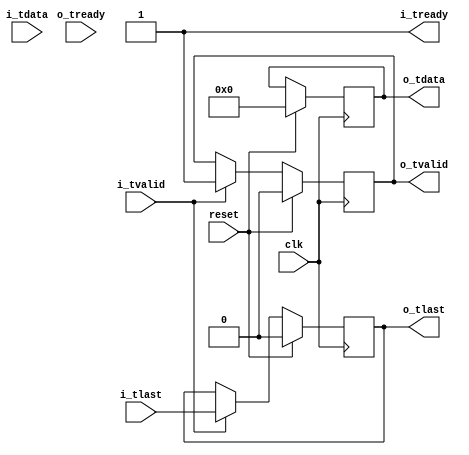
//
// Copyright 2015 Ettus Research
//
// Output always valid (except in reset) and repeats last valid i_tdata & i_tlast value

module axi_repeat
#(
  parameter WIDTH = 16) 
(
  input clk, input reset,
  input [WIDTH-1:0] i_tdata, input i_tlast, input i_tvalid, output i_tready,
  output reg [WIDTH-1:0] o_tdata, output reg o_tlast, output reg o_tvalid, input o_tready
);

  assign i_tready = 1'b1;

  always @(posedge clk) begin
    if (reset) begin
      o_tdata  <= 'd0;
      o_tlast  <= 'd0;
      o_tvalid <= 'd0;
    end else begin
      if (i_tvalid) begin
        o_tvalid <= 1'b1;
        o_tlast  <= i_tlast;
        o_tdata  <= o_tdata;
      end
    end
  end

endmodule